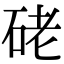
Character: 硓